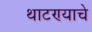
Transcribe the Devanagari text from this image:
थाटण्याचे